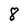
Character: 8